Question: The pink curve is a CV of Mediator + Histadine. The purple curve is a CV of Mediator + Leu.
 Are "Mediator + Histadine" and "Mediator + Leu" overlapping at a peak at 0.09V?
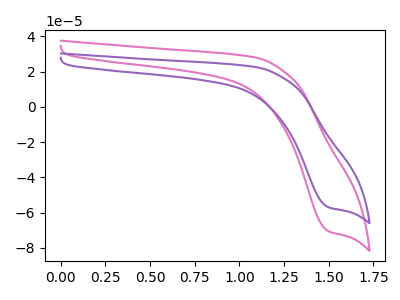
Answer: <think>The pink curve "Mediator + Histadine" has a cathodic peak at: (1.50V, -70.60uA). The purple curve "Mediator + Leu" has a cathodic peak at: (1.50V, -57.00uA).</think>
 <answer>No, "Mediator + Histadine" and "Mediator + Leu" dont share a peak at 0.09V.</answer>
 <eval>mismatch</eval>